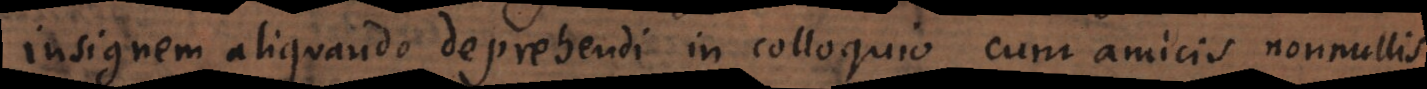
insignem aliquando deprehendi in colloquio cum amicis nonnullis,